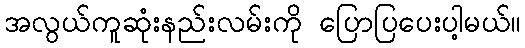
အလွယ်ကူဆုံးနည်းလမ်းကို ပြောပြပေးပါ့မယ်။